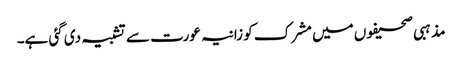
مذہبی صحیفوں میں مشرک کو زانیہ عورت سے تشبیہ دی گئی ہے۔